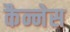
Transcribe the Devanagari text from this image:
कैन्नेस